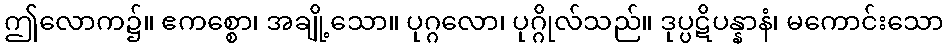
ဤလောက၌။ ဧကစ္စော၊ အချို့သော။ ပုဂ္ဂလော၊ ပုဂ္ဂိုလ်သည်။ ဒုပ္ပဋိပန္နာနံ၊ မကောင်းသော